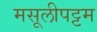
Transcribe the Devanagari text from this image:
मसूलीपट्टम